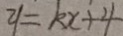
y = k x + 4